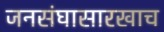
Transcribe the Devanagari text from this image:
जनसंघासारखाच